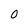
Character: 0